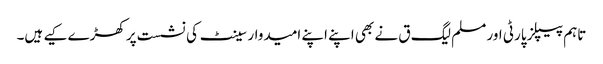
تاہم پیپلز پارٹی اور مسلم لیگ ق نے بھی اپنے اپنے امیدوار سینٹ کی نشست پر کھڑے کیے ہیں۔